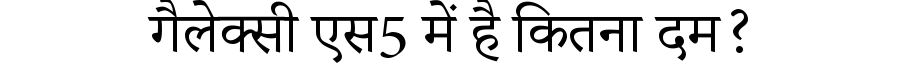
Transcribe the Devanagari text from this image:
गैलेक्सी एस5 में है कितना दम?